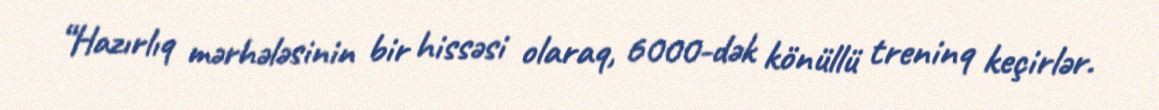
“Hazırlıq mərhələsinin bir hissəsi olaraq, 6000-dək könüllü treninq keçirlər.